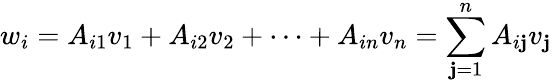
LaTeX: w_{i}=A_{i1}v_{1}+A_{i2}v_{2}+\cdots+A_{in}v_{n}=\sum_{\mathbf{j}=1}^{n}A_{i\mathbf{j}}v_{\mathbf{j}}